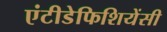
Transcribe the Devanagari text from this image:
एंटीडेफिशियेंसी